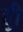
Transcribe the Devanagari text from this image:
हुी